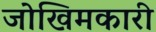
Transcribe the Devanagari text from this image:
जोखिमकारी